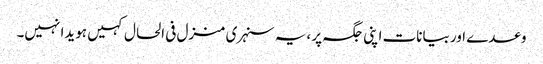
وعدے اور بیانات اپنی جگہ پر ،یہ سنہری منزل فی الحال کہیں ہویدا نہیں۔